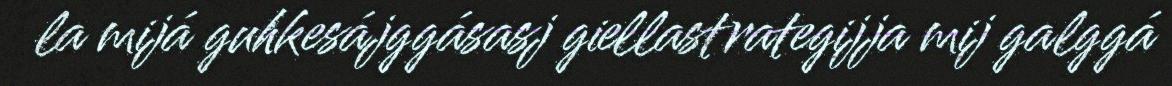
la mijá guhkesájggásasj giellastrategijja mij galggá